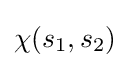
\chi (s_{1},s_{2})